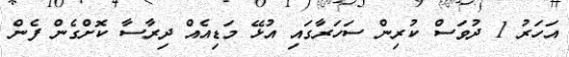
އަހަރު 1 ދުވަސް ކުރިން ސަހަރާގައި އުޅޭ މަޑިއެއް ދިރާސާ ކޮށްގެން ފެން